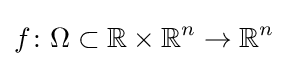
f\colon \Omega \subset \mathbb {R} \times \mathbb {R} ^{n}\to \mathbb {R} ^{n}